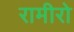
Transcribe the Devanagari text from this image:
रामीरो